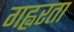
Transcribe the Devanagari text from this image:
गह्वरता